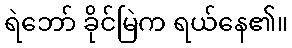
ရဲဘော် ခိုင်မြဲက ရယ်နေ၏။